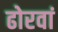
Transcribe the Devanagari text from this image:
ढोरवां